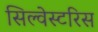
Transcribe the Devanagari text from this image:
सिल्वेस्टरिस